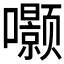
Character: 𮰗